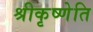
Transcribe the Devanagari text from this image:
श्रीकृष्णेति